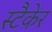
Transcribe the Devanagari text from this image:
स्टैकेर